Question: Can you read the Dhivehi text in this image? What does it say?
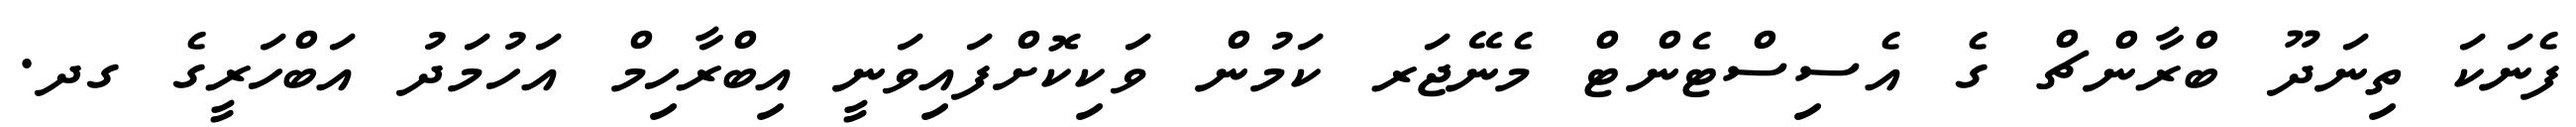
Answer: ފެނަކަ ތިނަދޫ ބްރާންޗް ގެ އެސިސްޓެންޓް މެނޭޖަރ ކަމުން ވަކިކޮށްފައިވަނީ އިބްރާހިމް އަހުމަދު އަބްހަރީގެ ގދ.